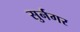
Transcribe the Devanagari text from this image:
सुर्नगर